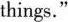
things."